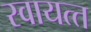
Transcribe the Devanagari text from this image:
स्‍वायत्‍त